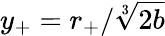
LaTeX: y_{+}=r_{+}/\sqrt[3]{2b}